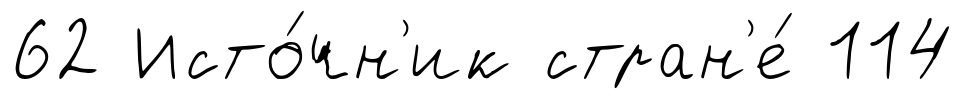
62 Исто́чн'ик стран'е́ 114